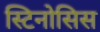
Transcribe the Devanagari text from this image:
स्टिनोसिस